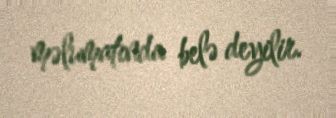
məlumatında belə deyilir.